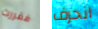
فقررت انحرف